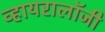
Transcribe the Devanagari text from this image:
व्हायरालॉजी